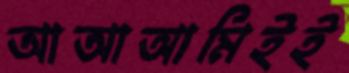
আআআমিইই